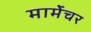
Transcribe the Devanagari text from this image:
मार्मेचर